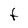
Character: F